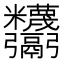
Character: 𩱸